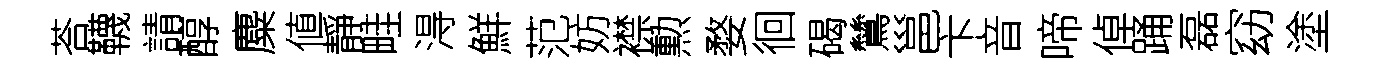
荅韈請醇麋値靜畦淂鮮范妨襟勲婺徊碣鷥邕卞音啼倬踊磊窈塗